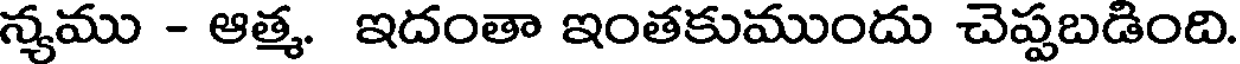
న్యము - ఆత్మ. ఇదంతా ఇంతకుముందు చెప్పబడింది.